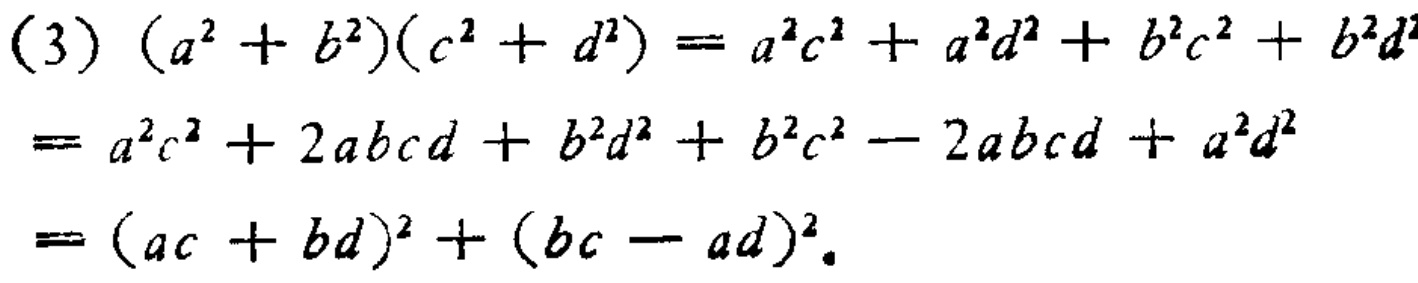
\[(3)\ (a^{2}+b^{2})(c^{2}+d^{2}) = a^{2}c^{2}+a^{2}d^{2}+b^{2}c^{2}+b^{2}d^{2}\\

= a^{2}c^{2}+2abcd + b^{2}d^{2}+b^{2}c^{2}-2abcd + a^{2}d^{2}\\

=(ac + bd)^{2}+(bc - ad)^{2}.\]